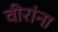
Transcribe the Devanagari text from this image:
वीरांना